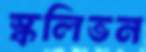
স্কলিভন